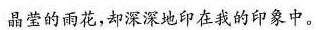
晶莹的雨花，却深深地印在我的印象中。